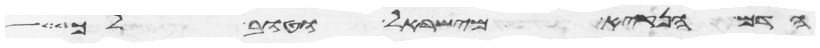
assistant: הדם הנקיא מישראל וטוב לך